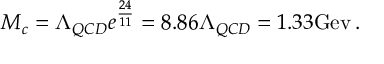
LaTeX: M _ { c } = \Lambda _ { Q C D } e ^ { \frac { 2 4 } { 1 1 } } = 8 . 8 6 \Lambda _ { Q C D } = 1 . 3 3 \mathrm { G e v } \, .